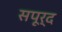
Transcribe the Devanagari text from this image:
सपूर्द